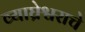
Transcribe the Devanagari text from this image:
व्याघ्रेश्वराचे